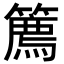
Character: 𥴱